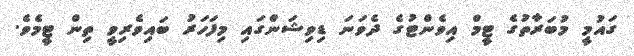
ގައުމީ މުބަރާތުގެ ޓީމް އިވެންޓުގެ ދެވަނަ ޑިވިޝަންގައި މިފަހަރު ބައިވެރިވީ ތިން ޓީމެވެ.